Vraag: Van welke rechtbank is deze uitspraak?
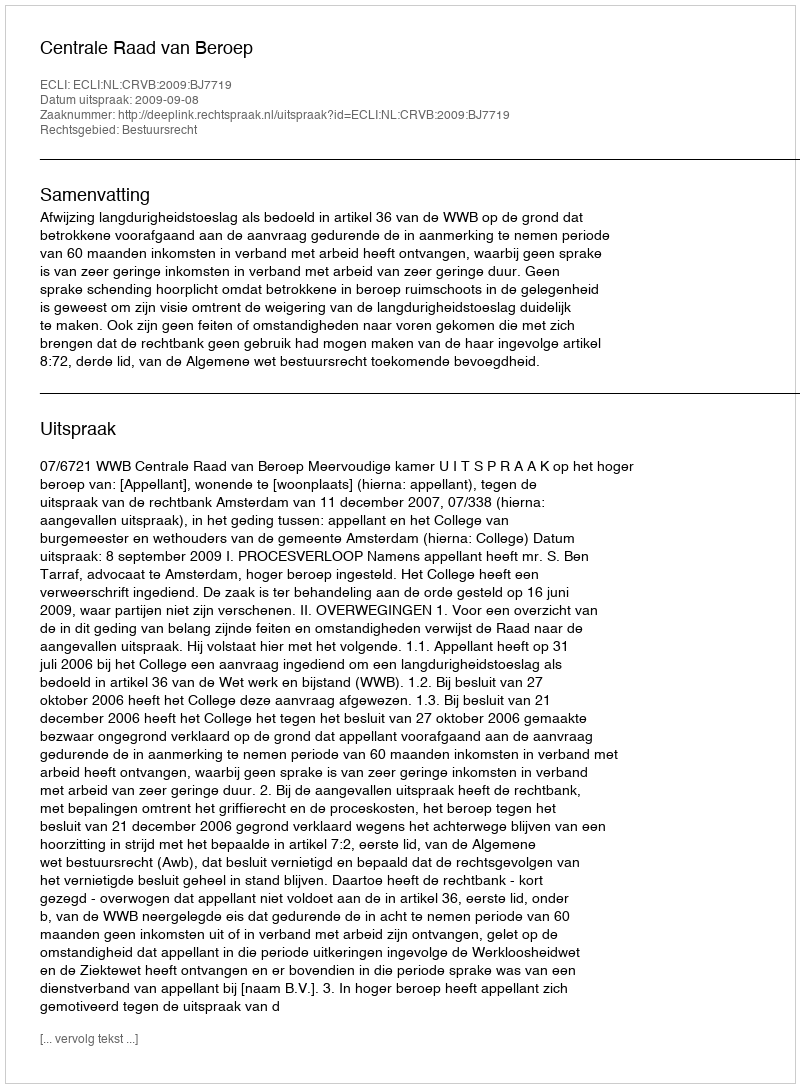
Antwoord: Centrale Raad van Beroep